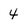
Character: 4